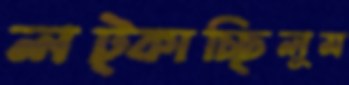
লট্‌কাচ্ছিলুম